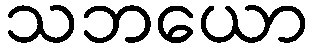
သဘယော